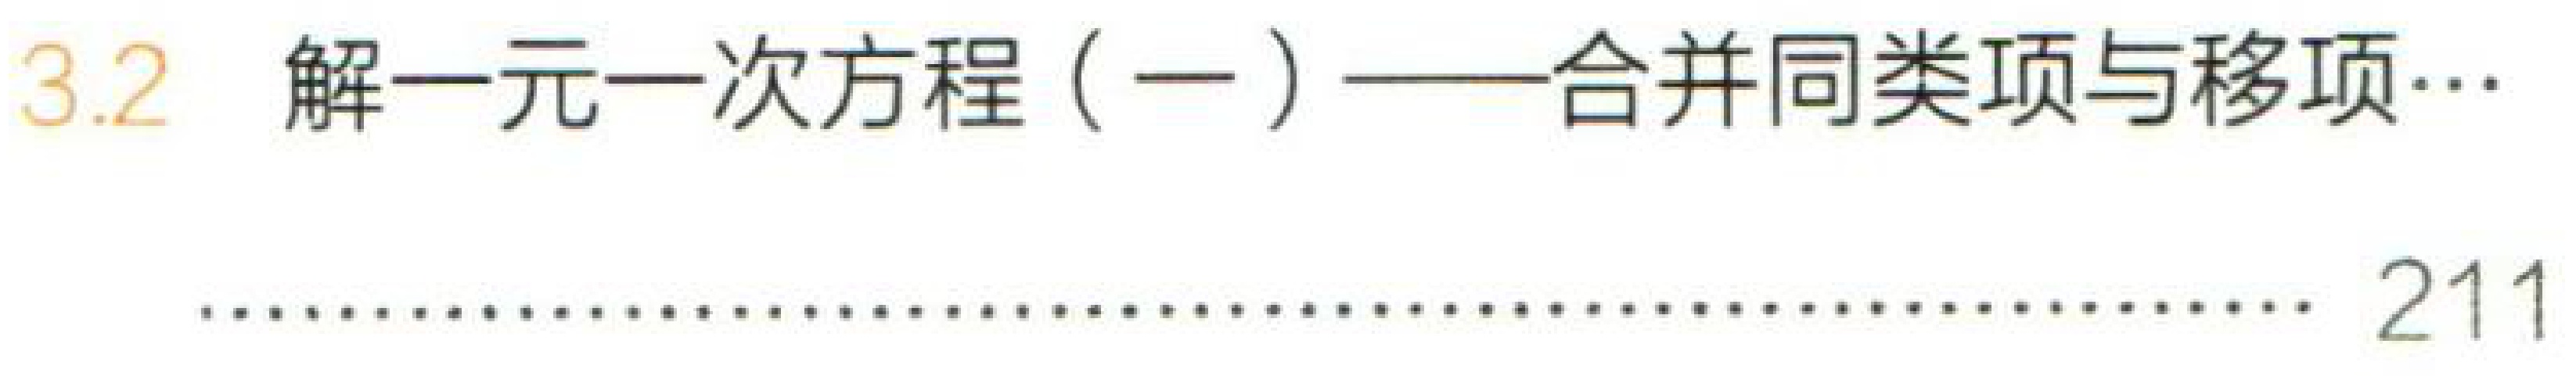
3.2 解一元一次方程（一）——合并同类项与移项…  211